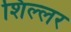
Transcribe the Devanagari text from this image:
शिल्लर